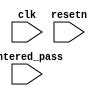
module Password_check
(
input clk,
input resetn,
input [31:0] entered_pass
);


wire grant_access;
reg [31:0] golden_pass;

//set grant_access high by checking if each bit of entered_pass matches each bit of golden_pass 
//-copilot next line-



endmodule